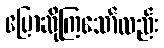
ပြောဆိုကြသော်လည်း